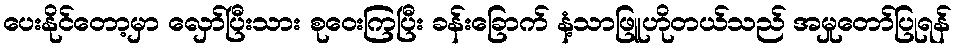
ပေးနိုင်တော့မှာ လှော်ပြီးသား စုဝေးကြပြီး ခန်းခြောက် နံ့သာဖြူဟိုတယ်သည် အမှုတော်ပြုရန်